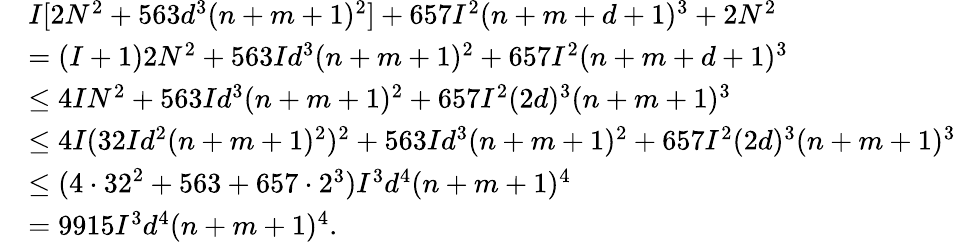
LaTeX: \begin{array}{rl}&{I[2N^{2}+563d^{3}(n+m+1)^{2}]+657I^{2}(n+m+d+1)^{3}+2N^{2}}\\ &{=(I+1)2N^{2}+563Id^{3}(n+m+1)^{2}+657I^{2}(n+m+d+1)^{3}}\\ &{\leq 4IN^{2}+563Id^{3}(n+m+1)^{2}+657I^{2}(2d)^{3}(n+m+1)^{3}}\\ &{\leq 4I(32Id^{2}(n+m+1)^{2})^{2}+563Id^{3}(n+m+1)^{2}+657I^{2}(2d)^{3}(n+m+1)^{3}}\\ &{\leq(4\cdot 32^{2}+563+657\cdot 2^{3})I^{3}d^{4}(n+m+1)^{4}}\\ &{=9915I^{3}d^{4}(n+m+1)^{4}.}\end{array}